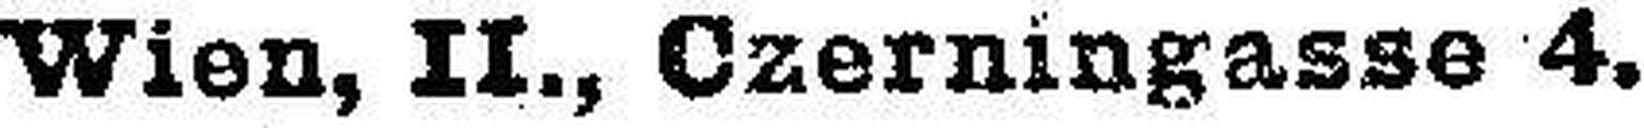
Wien, II., Czerningasse 4.